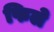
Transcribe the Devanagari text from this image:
फिले